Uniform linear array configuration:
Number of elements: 16
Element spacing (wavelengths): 1
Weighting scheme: binomial
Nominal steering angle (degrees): -45
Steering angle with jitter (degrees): -45.866
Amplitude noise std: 0.05
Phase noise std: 0.05

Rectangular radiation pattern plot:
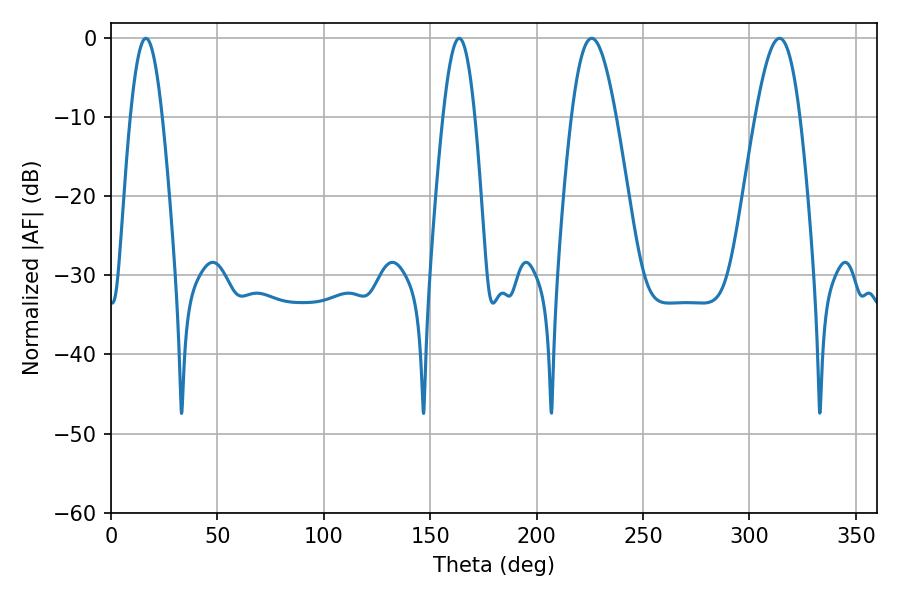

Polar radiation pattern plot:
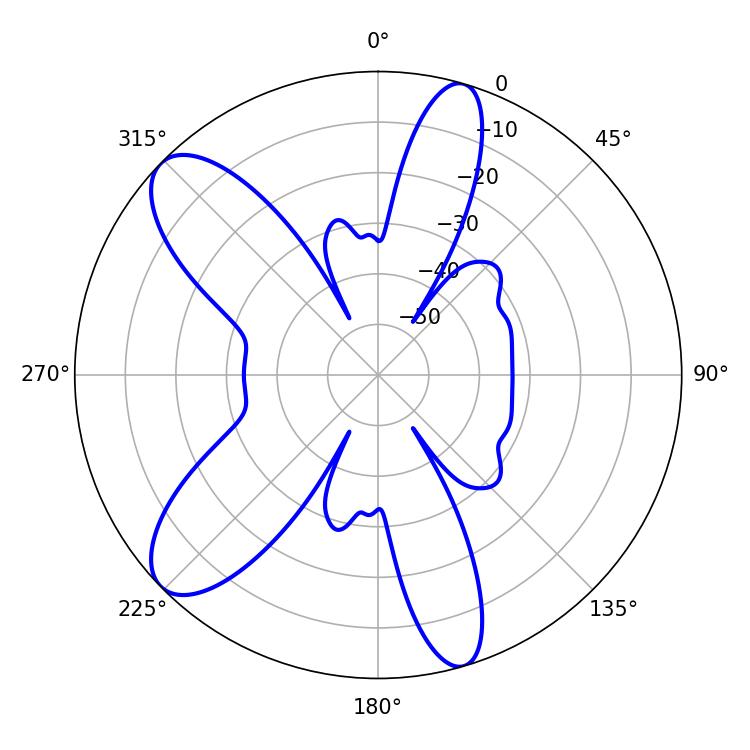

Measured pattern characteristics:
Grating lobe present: TRUE
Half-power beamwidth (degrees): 8.1
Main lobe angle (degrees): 16.38